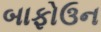
બાફોઉન